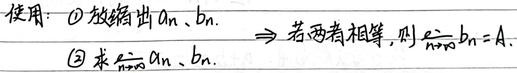
使用：\textcircled{1} 放缩出 \(a_{n}\)、\(b_{n}\)。\textcircled{3} 求 \(\lim\limits_{n \to \infty}a_{n}\)、\(\lim\limits_{n \to \infty}b_{n}\)。$\Rightarrow$ 若两者相等，则 \(\lim\limits_{n \to \infty}b_{n}=A\)。